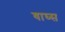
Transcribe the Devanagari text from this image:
वाघ्स